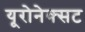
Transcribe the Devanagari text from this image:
यूरोनेक्सट